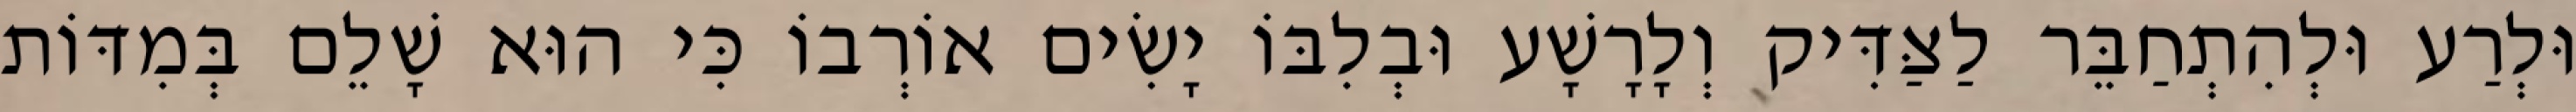
וּלְרַע וּלְהִתְחַבֵּר לַצַּדִּיק וְלָרָשָׁע וּבְלִבּוֹ יָשִׂים אוֹרְבוֹ כִּי הוּא שָׁלֵם בְּמִדּוֹת